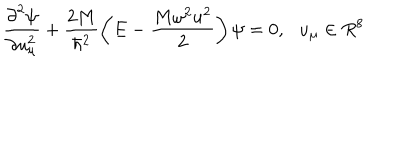
\frac { { \partial } ^ { 2 } \psi } { \partial u _ { \mu } ^ { 2 } } + \frac { 2 M } { \hbar ^ { 2 } } \left( E - \frac { M \omega ^ { 2 } u ^ { 2 } } { 2 } \right) \psi = 0 , \, \, \, \, u _ { \mu } \in R ^ { 8 }